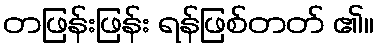
တဖြန်းဖြန်း ရန်ဖြစ်တတ် ၏။